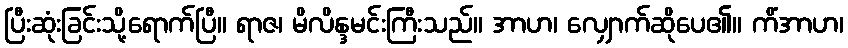
ပြီးဆုံးခြင်းသို့ရောက်ပြီ။ ရာဇ၊ မိလိန္ဒမင်းကြီးသည်။ အာဟ၊ လျှောက်ဆိုပေ၏။ ကိံအာဟ၊